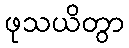
ဖုသယိတွာ